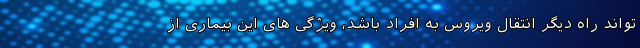
تواند راه دیگر انتقال ویروس به افراد باشد، ویژگی های این بیماری از